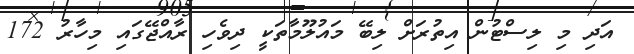
އަދި މި ލިސްޓުން އިތުރަށް ލިބޭ މައުލޫމާތަކީ ދިވެހި ރާއްޖޭގައި މިހާރު 172